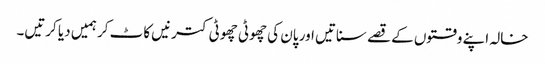
خالہ اپنے وقتوں کے قصے سناتیں اور پان کی چھوٹی چھوٹی کترنیں کاٹ کر ہمیں دیا کرتیں۔